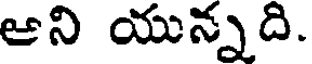
ఆని యున్నది.